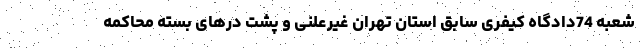
شعبه 74دادگاه کیفری سابق استان تهران غیرعلنی و پشت درهای بسته محاکمه